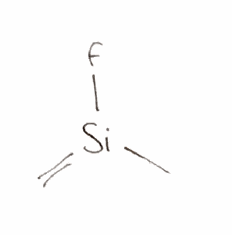
Simplified molecular-input line-entry system (SMILES) notation of the given molecule:
C[Si](=C)F